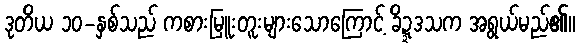
ဒုတိယ ၁၀-နှစ်သည် ကစားမြူးတူးများသောကြောင့် ခိဍ္ဍဒသက အရွယ်မည်၏။